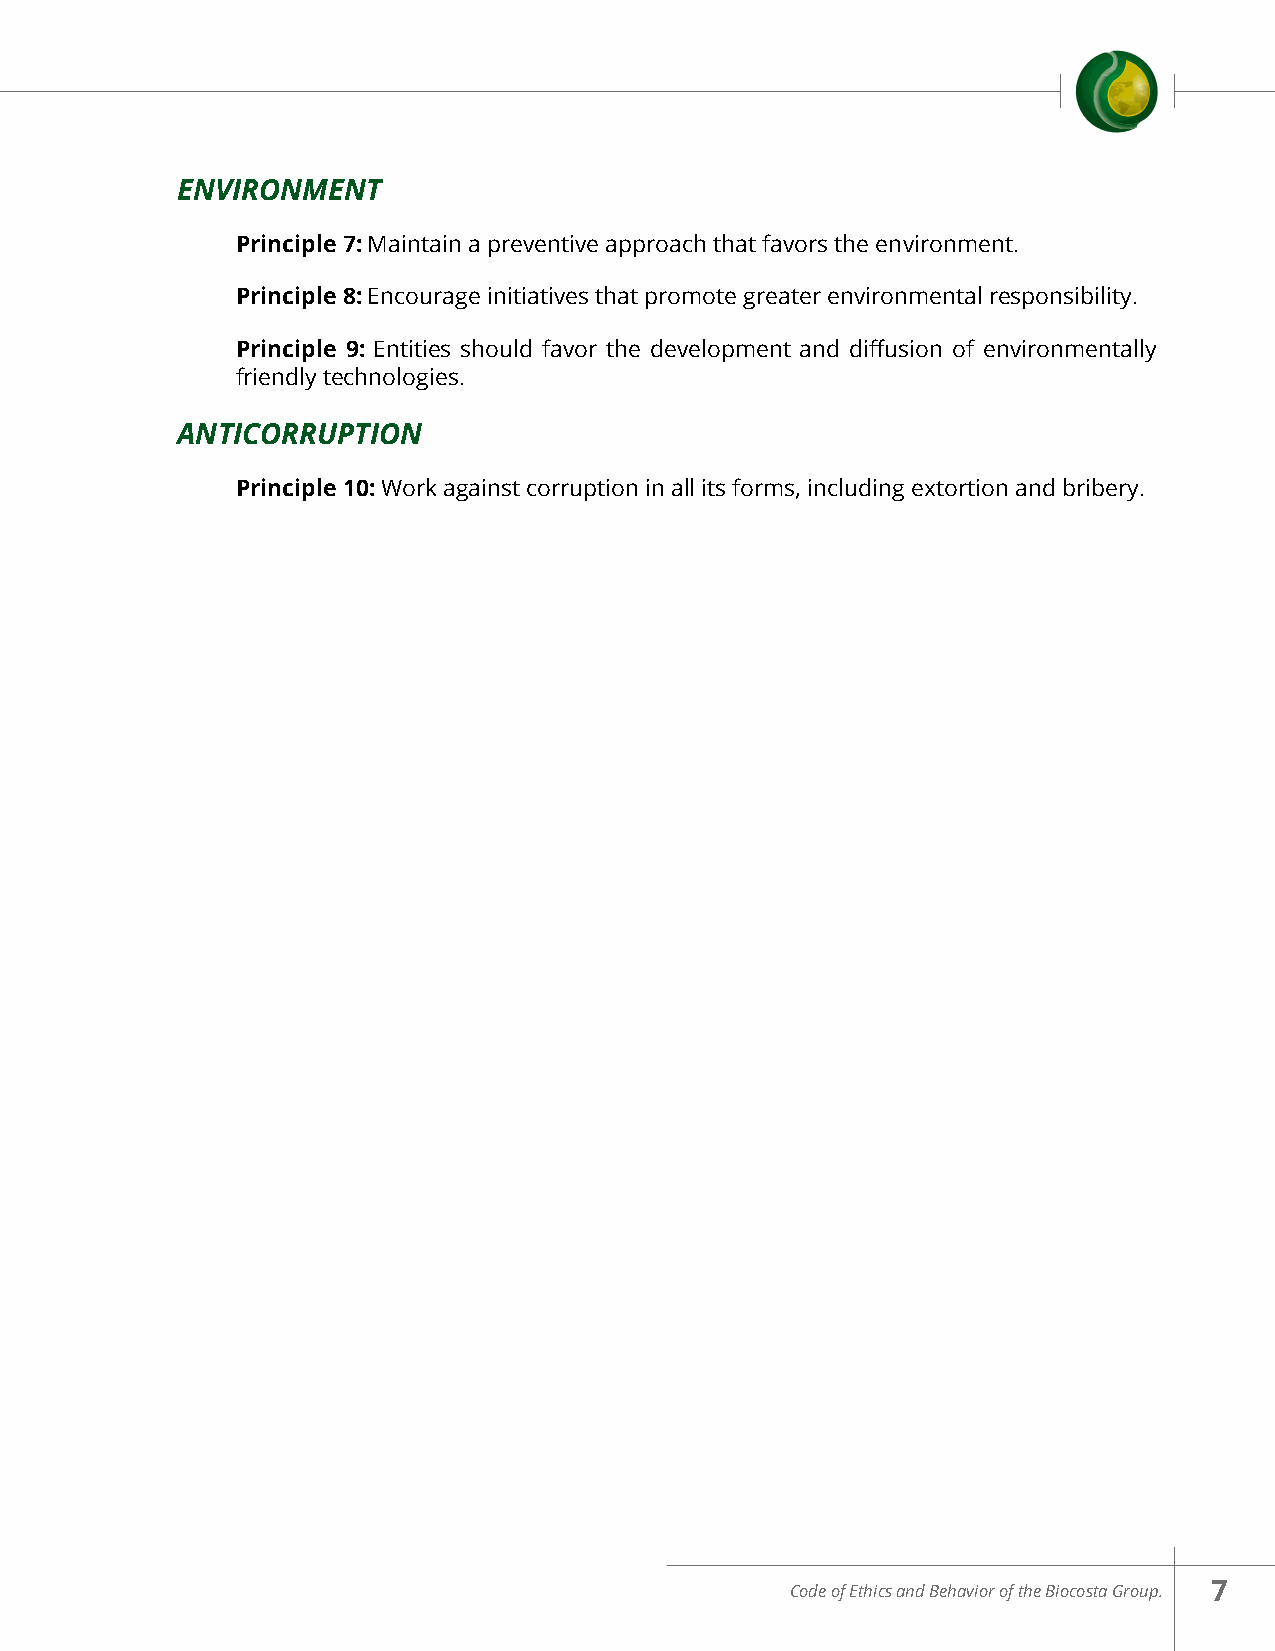
ENVIRONMENT
 Principle 7: Maintain a preventive approach that favors the environment.
 Principle 8: Encourage initiatives that promote greater environmental responsibility.
 Principle 9: Entities should favor the development and diffusion of environmentally
 friendly technologies.
 ANTICORRUPTION
 Principle 10: Work against corruption in all its forms, including extortion and bribery.
 Code of Ethics and Behavior of the Biocosta Group. 7